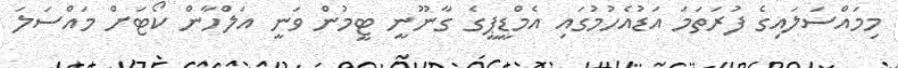
މިމައްސަލައިގެ ފުރަތަމަ އަޑުއެހުމުގައި އެމްޑީޕީގެ ގާނޫނީ ޓީމުން ވަނީ އަލްހާން ކޯޓަށް މައްސަލަ